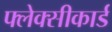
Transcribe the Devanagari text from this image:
फ्लेक्सीकार्ड